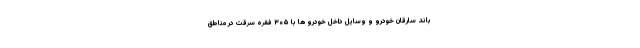
باند سارقان خودرو و وسایل داخل خودرو ها با ۳۰۵ فقره سرقت در مناطق